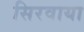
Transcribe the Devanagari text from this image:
सिरवाया